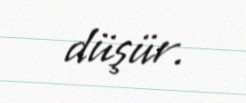
düşür.